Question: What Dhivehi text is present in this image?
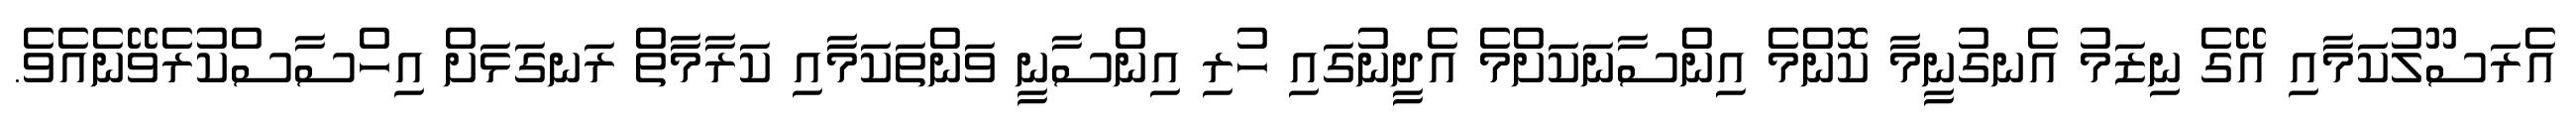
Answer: އެރަސޫލުކަމާއި އޭގެ ނިޒަމު އެނގުނީމާ ކޮންމެ އިންސާނަކަށްމެ އެދީނުގައި ހުރި އިންސާނީ ވަންތަކަމާއި ކަރާމާތް ރަނގަޅަށް އިހްސާސްކުރެވޭނެއެވެ.